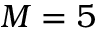
M = 5